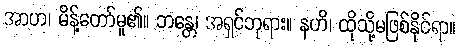
အာဟ၊ မိန့်တော်မူ၏။ ဘန္တေ၊ အရှင်ဘုရား။ နဟိ၊ ထိုသို့မဖြစ်နိုင်ရာ။